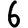
Digit: 6